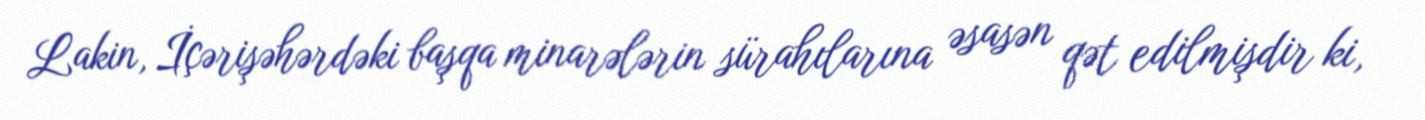
Lakin, İçərişəhərdəki başqa minarələrin sürahılarına əsasən qət edilmişdir ki,